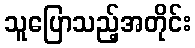
သူပြောသည့်အတိုင်း